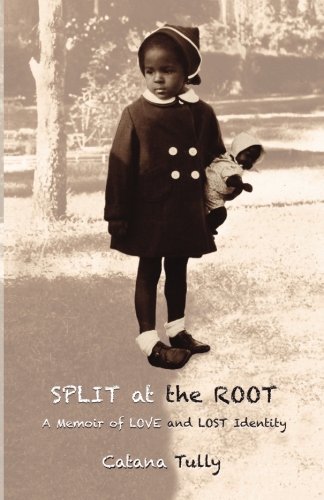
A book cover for Split at the Root: A Memoir of Love and Lost Identity; Catana Tully; Parenting & Relationships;